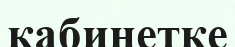
кабинетке